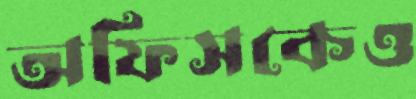
অফিসকেও